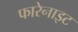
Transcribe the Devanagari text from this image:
फारेनाइट